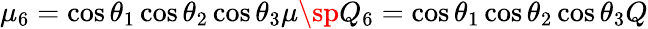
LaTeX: \mu_{6}=\cos\theta_{1}\cos\theta_{2}\cos\theta_{3}\mu\sp Q_{6}=\cos\theta_{1}\cos\theta_{2}\cos\theta_{3}Q